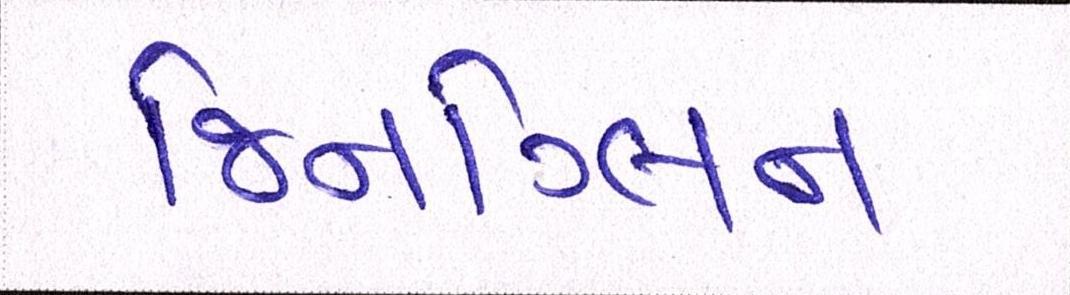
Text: જિનગ્લિન